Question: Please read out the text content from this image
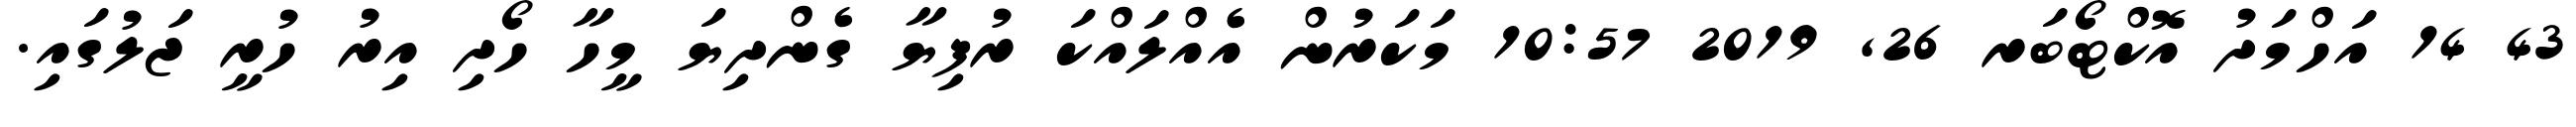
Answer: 43 14 އަހްމަދު އޮކްޓޯބަރ 26, 2019 10:57 މަކަރުން އެއްލައްކަ ރުފިޔާ ގެންދިޔަ މީހާ ހޯދި އިރު ހުރީ ޖަލުގައި.